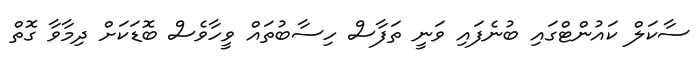
ސާކަލް ކައުންޓްގައި ބުނެފައި ވަނީ ތަފާސް ހިސާބުތައް ވީހާވެސް ބޮޑަކަށް ދިމާވާ ގޮތް